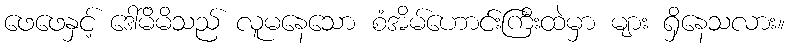
ဖေဖေနှင့် ဒေါ်မိမိသည် လူမနေသော စံအိမ်ဟောင်းကြီးထဲမှာ များ ရှိနေသလား။